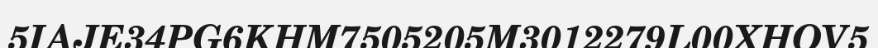
5IAJE34PG6KHM7505205M3012279L00XHOV5